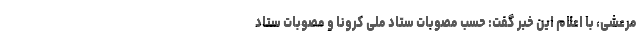
مرعشی، با اعلام این خبر گفت: حسب مصوبات ستاد ملی کرونا و مصوبات ستاد